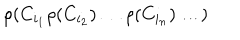
\rho ( C _ { i _ { 1 } } \rho ( C _ { i _ { 2 } } ) \dots \rho ( C _ { i _ { n } } ) \dots )